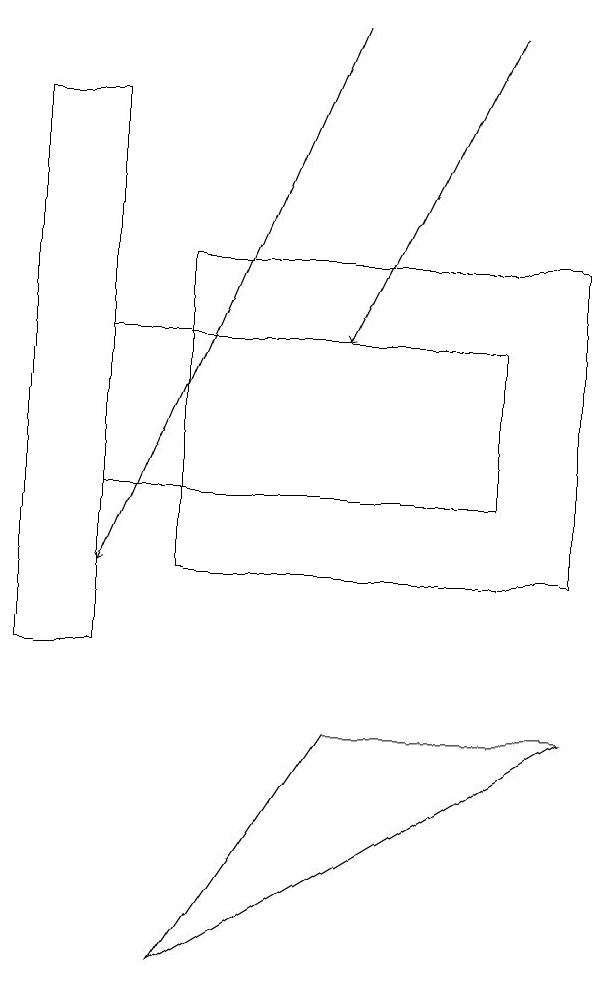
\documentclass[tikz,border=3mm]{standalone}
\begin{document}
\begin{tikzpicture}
\draw (3,15) rectangle (8,11);
\draw[->] (7,18) -- (5,14);
\draw (3,6) -- (5,9) -- (8,9) -- cycle;
\draw (2,17) rectangle (1,10);
\draw[->] (5,18) -- (2,11);
\draw (7,14) rectangle (2,12);
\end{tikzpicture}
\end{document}